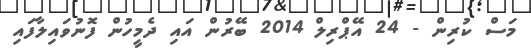
މަސް ކުރިން - 24 އޭޕްރިލް 2014 ބޭރުން އައި ދެމީހުން ފޮނުވައިލާފައި